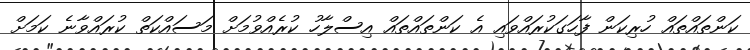
ކަންތައްތައް ހުރިކަން ފާހަގަކުރައްވައި އެ ކަންތައްތައް އިސްލާހު ކުރެއްވުމަށް މަސައްކަތް ކުރައްވާނެ ކަމަށް